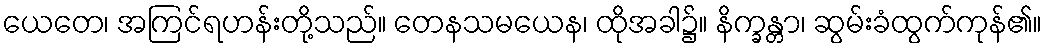
ယေတေ၊ အကြင်ရဟန်းတို့သည်။ တေနသမယေန၊ ထိုအခါ၌။ နိက္ခန္တာ၊ ဆွမ်းခံထွက်ကုန်၏။